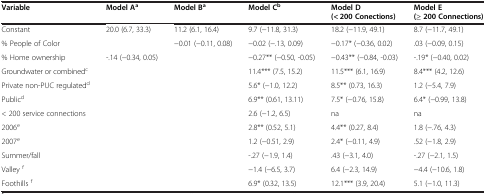
| Variable | Model Aa | Model Ba | Model Cb | Model D (< 200 Conections) | Model E (≥ 200 Connections) |
 | --- | --- | --- | --- | --- | --- |
 | Constant | 20.0 (6.7, 33.3) | 11.2 (6.1, 16.4) | 9.7 (−11.8, 31.3) | 18.2 (−11.9, 49.1) | 8.7 (−11.7, 49.1) |
 | % People of Color |  | −0.01 (−0.11, 0.08) | −0.02 (−.13, 0.09) | −0.17* (−0.36, 0.02) | .03 (−0.09, 0.15) |
 | % Home ownership | -.14 (−0.34, 0.05) |  | −0.27** (−0.50, -0.05) | −0.43** (−0.84, -0.03) | -.19* (−0.40, 0.02) |
 | Groundwater or combinedc |  |  | 11.4*** (7.5, 15.2) | 11.5*** (6.1, 16.9) | 8.4*** (4.2, 12.6) |
 | Private non-PUC regulatedd |  |  | 5.6* (−1.0, 12.2) | 8.5** (0.73, 16.3) | 1.2 (−5.4, 7.9) |
 | Publicd |  |  | 6.9** (0.61, 13.11) | 7.5* (−0.76, 15.8) | 6.4* (−0.99, 13.8) |
 | < 200 service connections |  |  | 2.6 (−1.2, 6.5) | na | na |
 | 2006e |  |  | 2.8** (0.52, 5.1) | 4.4** (0.27, 8.4) | 1.8 (−.76, 4.3) |
 | 2007e |  |  | 1.2 (−0.51, 2.9) | 2.4* (−0.11, 4.9) | .52 (−1.8, 2.9) |
 | Summer/fall |  |  | -.27 (−1.9, 1.4) | .43 (−3.1, 4.0) | -.27 (−2.1, 1.5) |
 | Valley f |  |  | −1.4 (−6.5, 3.7) | 6.4 (−2.3, 14.9) | −4.4 (−10.6, 1.8) |
 | Foothills f |  |  | 6.9* (0.32, 13.5) | 12.1*** (3.9, 20.4) | 5.1 (−1.0, 11.3) |